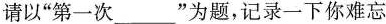
请以”第一次___”为题，记录一下你难忘